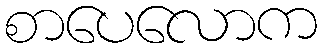
စာပေလောက